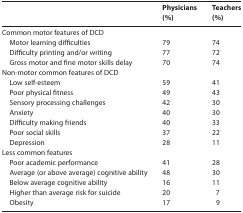
<table><thead><tr><td></td><td><b>Physicians (%)</b></td><td><b>Teachers (%)</b></td></tr></thead><tbody><tr><td>Common motor features of DCD</td><td></td><td></td></tr><tr><td> Motor learning difficulties</td><td>79</td><td>74</td></tr><tr><td> Difficulty printing and/or writing</td><td>77</td><td>72</td></tr><tr><td> Gross motor and fine motor skills delay</td><td>70</td><td>74</td></tr><tr><td>Non-motor common features of DCD</td><td></td><td></td></tr><tr><td> Low self-esteem</td><td>59</td><td>41</td></tr><tr><td> Poor physical fitness</td><td>49</td><td>43</td></tr><tr><td> Sensory processing challenges</td><td>42</td><td>30</td></tr><tr><td> Anxiety</td><td>40</td><td>30</td></tr><tr><td> Difficulty making friends</td><td>40</td><td>33</td></tr><tr><td> Poor social skills</td><td>37</td><td>22</td></tr><tr><td> Depression</td><td>28</td><td>11</td></tr><tr><td>Less common features</td><td></td><td></td></tr><tr><td> Poor academic performance</td><td>41</td><td>28</td></tr><tr><td> Average (or above average) cognitive ability</td><td>48</td><td>30</td></tr><tr><td> Below average cognitive ability</td><td>16</td><td>11</td></tr><tr><td> Higher than average risk for suicide</td><td>20</td><td>7</td></tr><tr><td> Obesity</td><td>17</td><td>9</td></tr></tbody></table>